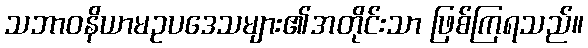
သဘာဝနိယာမဥပဒေသများ၏အတိုင်းသာ ဖြစ်ကြရသည်။